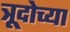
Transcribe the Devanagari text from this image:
त्रूदोच्या